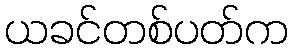
ယခင်တစ်ပတ်က